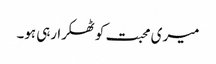
میری محبت کو ٹھکرا رہی ہو۔